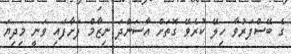
ގެ ބޭސްފަރުވާ ހިލޭ ކުރެވޭ ގޮތަށް އާސަންދަ ނިޒާމް ފަށާފައި ވަނީ މިދިޔަ